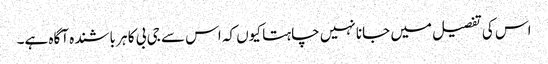
اس کی تفصیل میں جانا نہیں چاہتا کیوں کہ اس سے جی بی کا ہر باشندہ آگاہ ہے۔